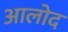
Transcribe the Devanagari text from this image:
आलोद